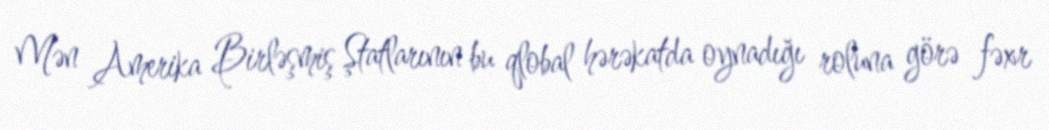
Mən Amerika Birləşmiş Ştatlarının bu qlobal hərəkatda oynadığı roluna görə fəxr